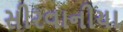
સીરવાનીયા